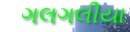
ગલગલીયા